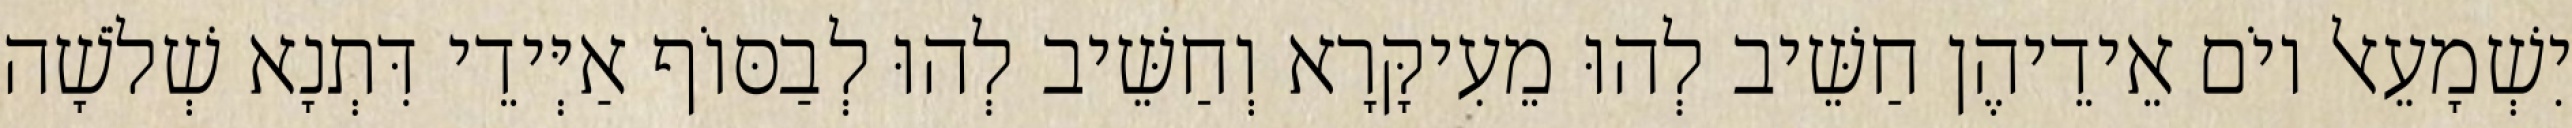
יִשְׁמָעֵאל יוֹם אֵידֵיהֶן חַשֵּׁיב לְהוּ מֵעִיקָּרָא וְחַשֵּׁיב לְהוּ לְבַסּוֹף אַיְּידֵי דִּתְנָא שְׁלֹשָׁה